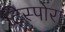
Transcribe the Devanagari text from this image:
ट्रिस्पोरा